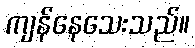
ကျန်နေသေးသည်။